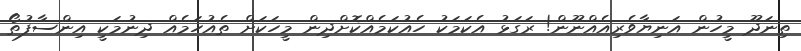
ތިނަދޫ މީހުން އަނިޔާވެރިއެއްނޫން! ރަގަޅު އެކަމަކު ހެއުކަމެއްކޮށްދިން މީހަކަށް ތެއުހަމެއް ދިނުމަކީ އިންސާފުތޯ